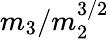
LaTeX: m_{3}/m_{2}^{3/2}